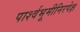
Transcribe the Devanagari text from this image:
पार्श्वभूमीनिरपेक्ष